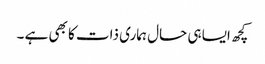
کچھ ایسا ہی حال ہماری ذات کا بھی ہے ۔